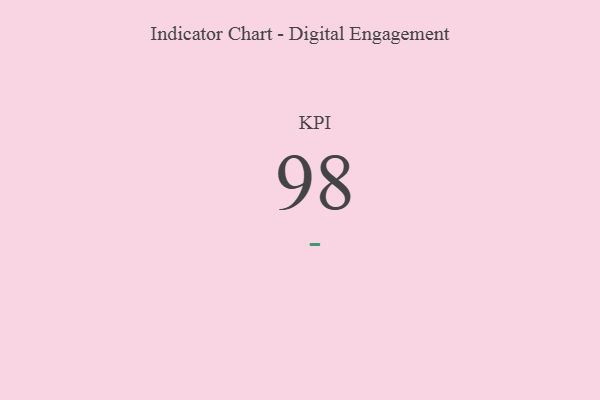
{"axis": {"x": "KPI", "y": "Value"}, "legend": [""], "data": [{"x": "KPI", "y": 98, "type": ""}]}